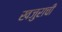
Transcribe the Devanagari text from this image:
खजुराची